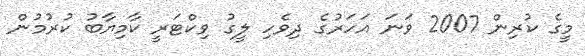
މީގެ ކުރިން 2007 ވަނަ އަހަރުގެ ދިވެހި ލީގު ވިކްޓަރީ ކާމިޔާބު ކުރުމުން